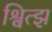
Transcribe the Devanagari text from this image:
श्वित्झ